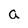
Character: a